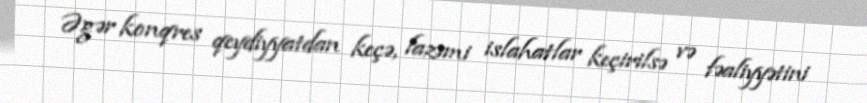
Əgər konqres qeydiyyatdan keçə, lazımi islahatlar keçirilsə və fəaliyyətini